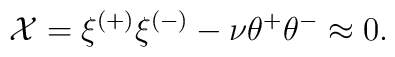
{\cal X}= \xi^{(+)}\xi^{(-)}-\nu\theta^+\theta^-\approx 0.